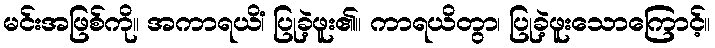
မင်းအဖြစ်ကို။ အကာရယိံ၊ ပြုခဲ့ဖူး၏။ ကာရယိတွာ၊ ပြုခဲ့ဖူးသောကြောင့်။